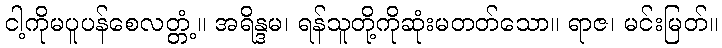
ငါ့ကိုမပူပန်စေလတ္တံ့။ အရိန္ဒမ၊ ရန်သူတို့ကိုဆုံးမတတ်သော။ ရာဇ၊ မင်းမြတ်။